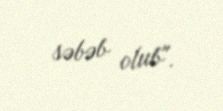
səbəb olub".